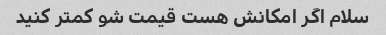
سلام اگر امکانش هست قیمت شو کمتر کنید